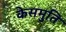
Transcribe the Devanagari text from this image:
केसमुति